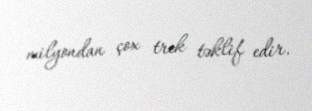
milyondan çox trek təklif edir.